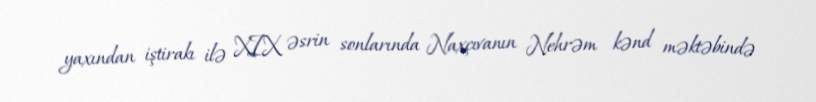
yaxından iştirakı ilə XIX əsrin sonlarında Naxçıvanın Nehrəm kənd məktəbində